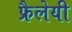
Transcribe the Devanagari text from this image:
फ्रैलेयी